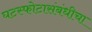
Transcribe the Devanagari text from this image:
घटस्फोटासंबंधीचा